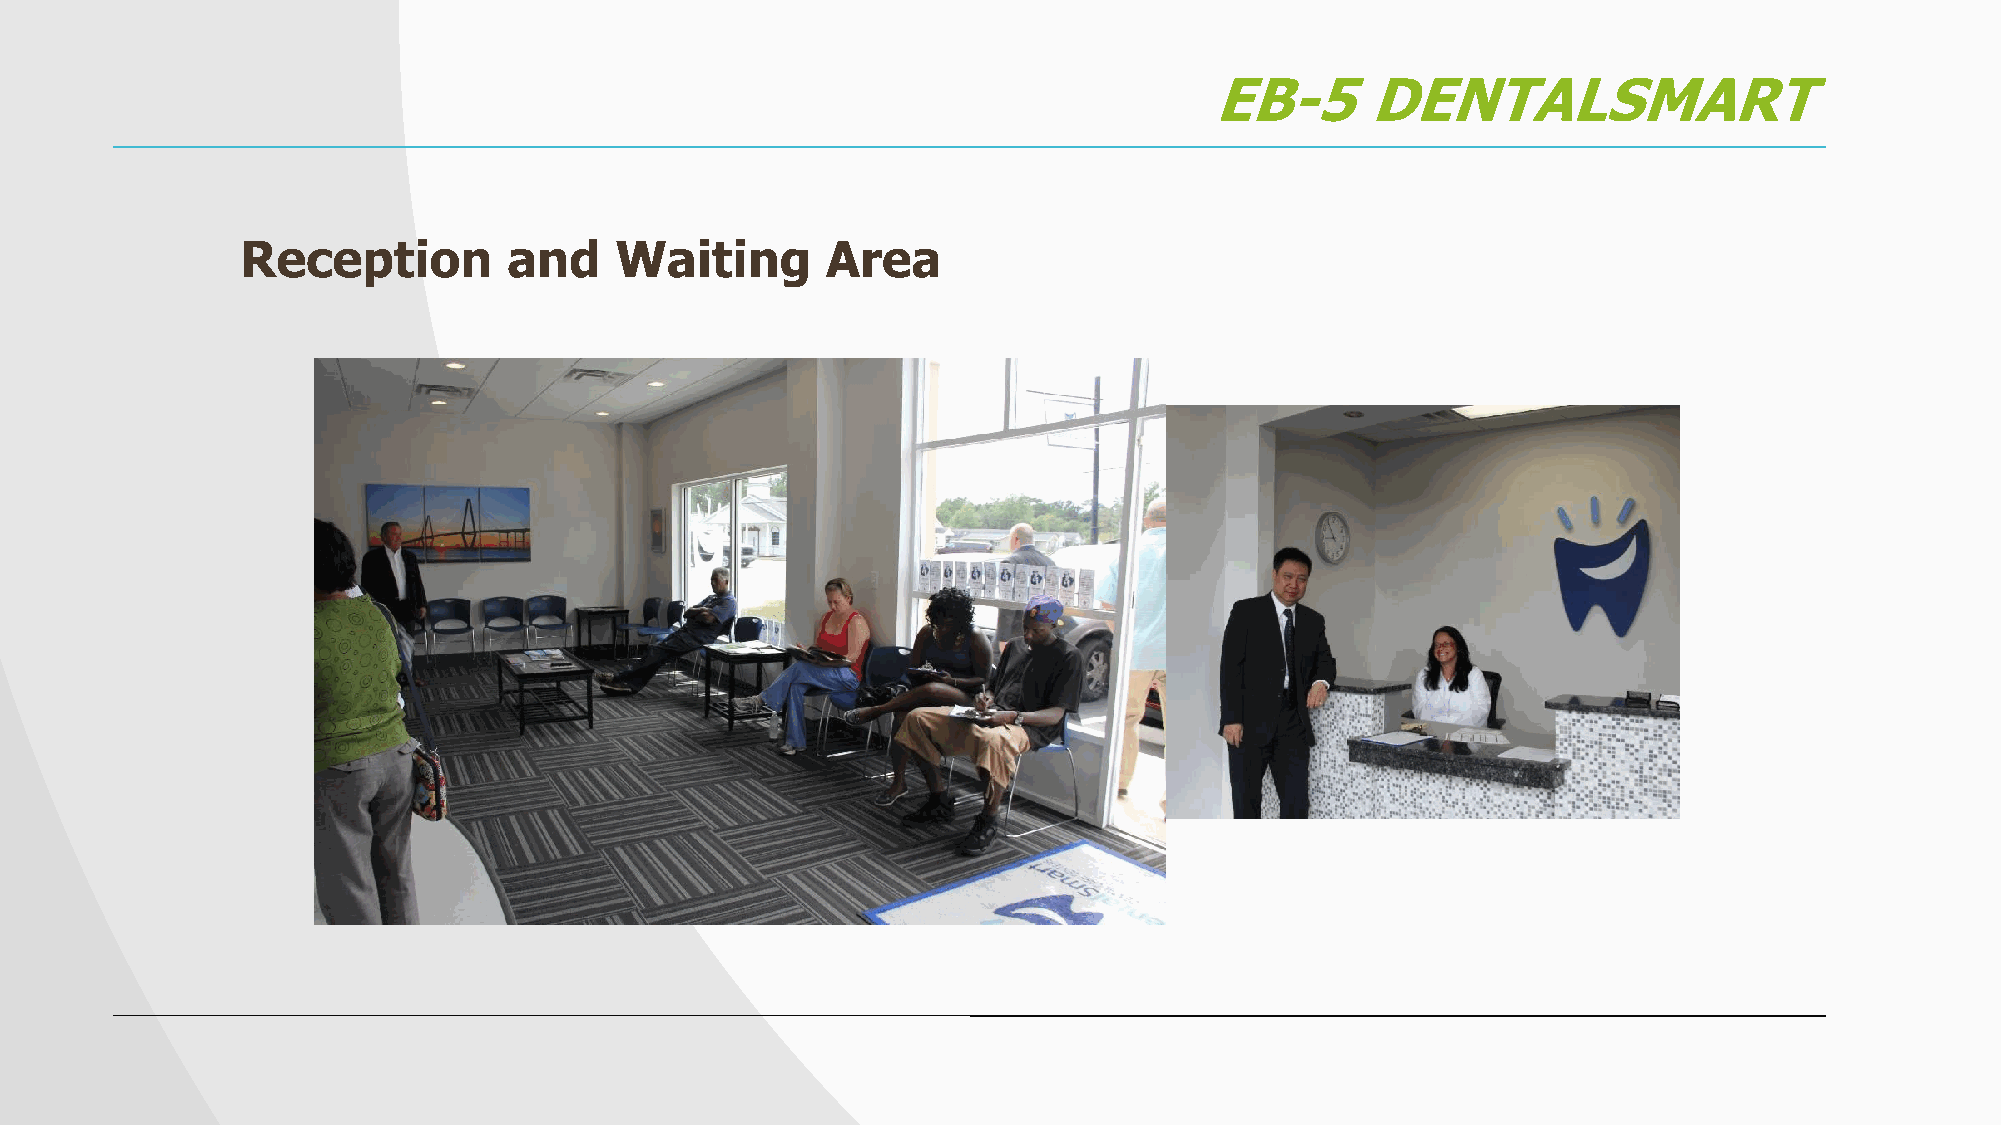
EB-5       DENTALSMART
 Reception         and    Waiting       Area